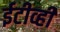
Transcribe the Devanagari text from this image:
ईटीव्ही